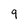
Character: 9